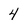
Character: 4